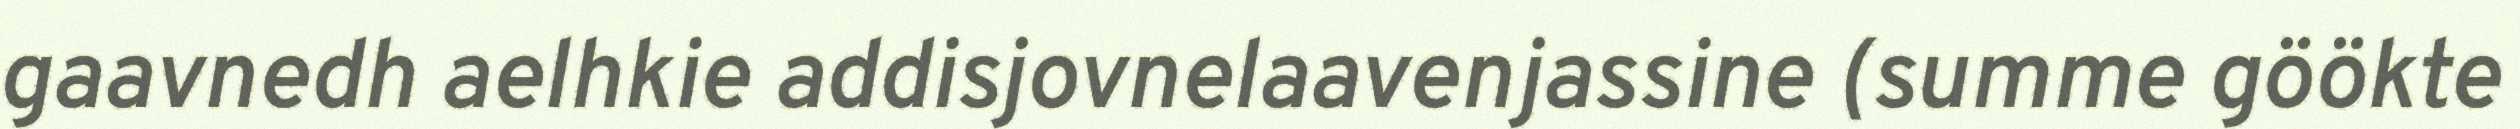
gaavnedh aelhkie addisjovnelaavenjassine (summe göökte